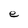
Character: e